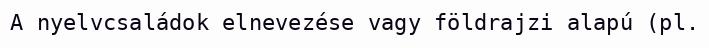
A nyelvcsaládok elnevezése vagy földrajzi alapú (pl.